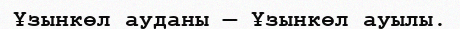
Ұзынкөл ауданы — Ұзынкөл ауылы.